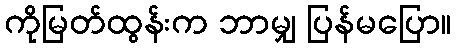
ကိုမြတ်ထွန်းက ဘာမျှ ပြန်မပြော။